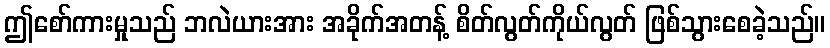
ဤစော်ကားမှုသည် ဘလဲယားအား အခိုက်အတန့် စိတ်လွတ်ကိုယ်လွတ် ဖြစ်သွားစေခဲ့သည်။